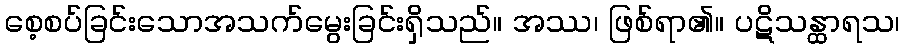
စေ့စပ်ခြင်းသောအသက်မွေးခြင်းရှိသည်။ အဿ၊ ဖြစ်ရာ၏။ ပဋိသန္ထာရသ၊